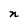
Character: n